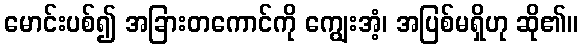
မောင်းပစ်၍ အခြားတကောင်ကို ကျွေးအံ့၊ အပြစ်မရှိဟု ဆို၏။